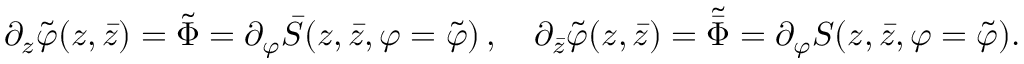
\partial _ { z } \tilde { \varphi } ( z , \bar { z } ) = \tilde { \Phi } = \partial _ { \varphi } \bar { S } ( z , \bar { z } , \varphi = \tilde { \varphi } ) \, , \quad \partial _ { \bar { z } } \tilde { \varphi } ( z , \bar { z } ) = \tilde { \bar { \Phi } } = \partial _ { \varphi } S ( z , \bar { z } , \varphi = \tilde { \varphi } ) .